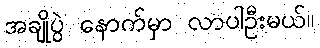
အချိုပွဲ နောက်မှာ လာပါဦးမယ်။